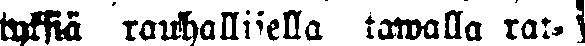
tyksiä rauhallisella tawalla rat-